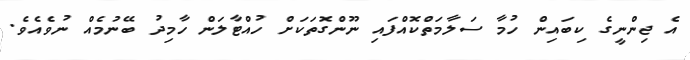
އެ ޖިންނީގެ ކިބައިން ހުމާ ސަލާމަތްކޮއްފައި ނޫންގޮތަކަށް ހުއްޓާލަން ހާމިދު ބޭނުމެއް ނުވެއެވެ.